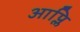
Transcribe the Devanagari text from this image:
आप्लि